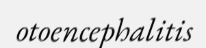
otoencephalitis